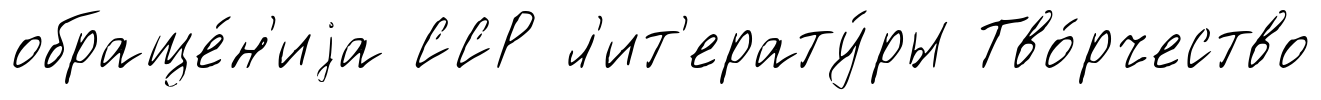
обраще́н'иjа ССР л'ит'ерату́ры Тво́рчество